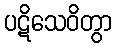
ပဋိသေဝိတွာ